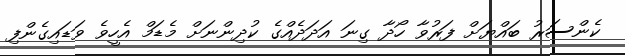
ކެންސަރު ބައްޔަށް ފަރުވާ ހޯދާ ގިނަ އަދަދެއްގެ ކުދިންނަށް މެޑަމް އެހީވެ ވަޑައިގެންފި